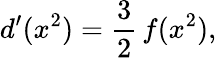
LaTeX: d^{\prime}(x^{2})={\frac{3}{2}}\, f(x^{2}),